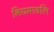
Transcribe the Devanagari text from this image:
नियमावलि